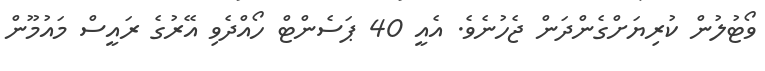
ވޯޓުލުން ކުރިޔަށްގެންދަން ޖެހުނެވެ. އެއީ 40 ޕަސެންޓް ހޯއްދެވި އޭރުގެ ރައީސް މައުމޫން